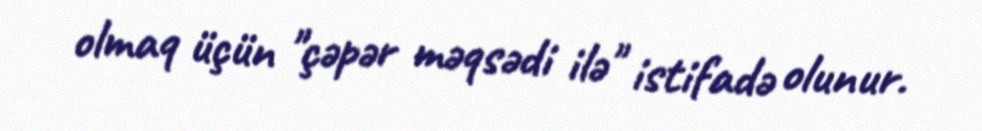
olmaq üçün "çəpər məqsədi ilə" istifadə olunur.